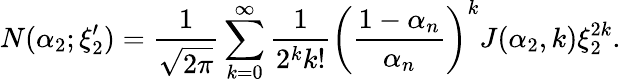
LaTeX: N(\alpha_{2};\xi_{2}^{\prime})=\frac{1}{\sqrt{2\pi}}\sum_{k=0}^{\infty}\frac{1}{2^{k}k!}\left(\frac{1-\alpha_{n}}{\alpha_{n}}\right)^{k}J(\alpha_{2},k)\xi_{2}^{2k}.